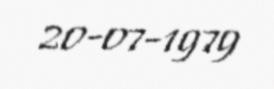
20-07-1979